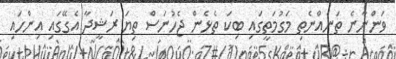
ވަންނާނެ ތަނެއްނެތި މަގުމަތީގައި ބިކަ ތެޅެން ޖެހުނަސް ތިޔަ ރަޝީދާ އެގޭގައި އިންހައި